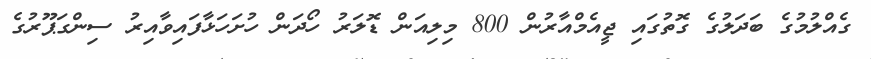
ގެއްލުމުގެ ބަދަލުގެ ގޮތުގައި ޖީއެމްއާރުން 800 މިލިއަން ޑޮލަރު ހޯދަން ހުށަހަޅާފައިވާއިރު ސިންގަޕޫރުގެ